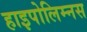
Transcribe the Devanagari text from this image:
हाइपोलिम्नस